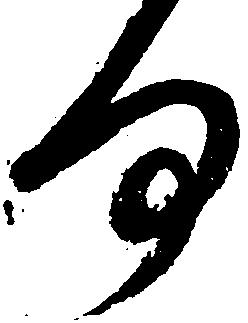
何